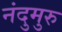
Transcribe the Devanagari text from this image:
नंदुमुरु